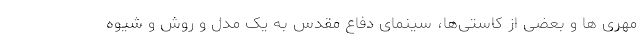
مهری‌ ها و بعضی از کاستی‌ها، سینمای دفاع مقدس به یک مدل و روش و شیوه